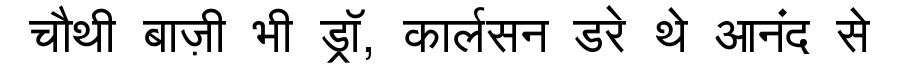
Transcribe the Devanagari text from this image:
चौथी बाज़ी भी ड्रॉ, कार्लसन डरे थे आनंद से